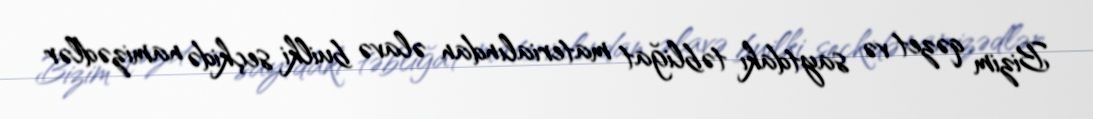
Bizim qəzet və saytdakı təbliğat materialından əlavə builki seçkidə namizədlər